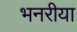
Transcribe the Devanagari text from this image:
भनरीया